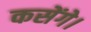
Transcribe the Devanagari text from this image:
कसेंगे।